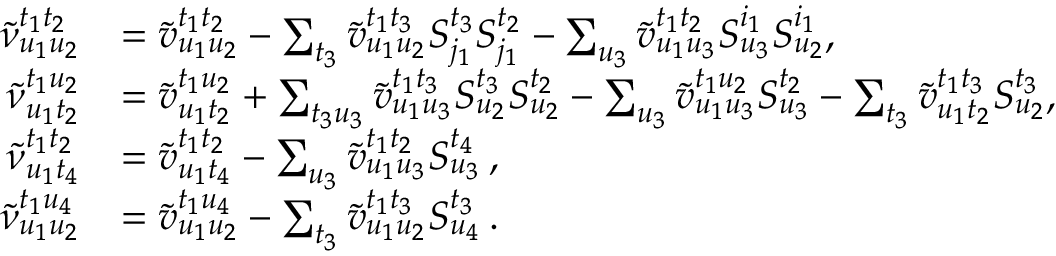
\begin{array} { r l } { \tilde { \nu } _ { u _ { 1 } u _ { 2 } } ^ { t _ { 1 } t _ { 2 } } } & { = \tilde { v } _ { u _ { 1 } u _ { 2 } } ^ { t _ { 1 } t _ { 2 } } - \sum _ { t _ { 3 } } \tilde { v } _ { u _ { 1 } u _ { 2 } } ^ { t _ { 1 } t _ { 3 } } S _ { j _ { 1 } } ^ { t _ { 3 } } S _ { j _ { 1 } } ^ { t _ { 2 } } - \sum _ { u _ { 3 } } \tilde { v } _ { u _ { 1 } u _ { 3 } } ^ { t _ { 1 } t _ { 2 } } S _ { u _ { 3 } } ^ { i _ { 1 } } S _ { u _ { 2 } } ^ { i _ { 1 } } , } \\ { \tilde { \nu } _ { u _ { 1 } t _ { 2 } } ^ { t _ { 1 } u _ { 2 } } } & { = \tilde { v } _ { u _ { 1 } t _ { 2 } } ^ { t _ { 1 } u _ { 2 } } + \sum _ { t _ { 3 } u _ { 3 } } \tilde { v } _ { u _ { 1 } u _ { 3 } } ^ { t _ { 1 } t _ { 3 } } S _ { u _ { 2 } } ^ { t _ { 3 } } S _ { u _ { 2 } } ^ { t _ { 2 } } - \sum _ { u _ { 3 } } \tilde { v } _ { u _ { 1 } u _ { 3 } } ^ { t _ { 1 } u _ { 2 } } S _ { u _ { 3 } } ^ { t _ { 2 } } - \sum _ { t _ { 3 } } \tilde { v } _ { u _ { 1 } t _ { 2 } } ^ { t _ { 1 } t _ { 3 } } S _ { u _ { 2 } } ^ { t _ { 3 } } , } \\ { \tilde { \nu } _ { u _ { 1 } t _ { 4 } } ^ { t _ { 1 } t _ { 2 } } } & { = \tilde { v } _ { u _ { 1 } t _ { 4 } } ^ { t _ { 1 } t _ { 2 } } - \sum _ { u _ { 3 } } \tilde { v } _ { u _ { 1 } u _ { 3 } } ^ { t _ { 1 } t _ { 2 } } S _ { u _ { 3 } } ^ { t _ { 4 } } \, , } \\ { \tilde { \nu } _ { u _ { 1 } u _ { 2 } } ^ { t _ { 1 } u _ { 4 } } } & { = \tilde { v } _ { u _ { 1 } u _ { 2 } } ^ { t _ { 1 } u _ { 4 } } - \sum _ { t _ { 3 } } \tilde { v } _ { u _ { 1 } u _ { 2 } } ^ { t _ { 1 } t _ { 3 } } S _ { u _ { 4 } } ^ { t _ { 3 } } \, . } \end{array}